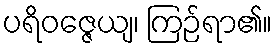
ပရိဝဇ္ဇေယျ၊ ကြဉ်ရာ၏။